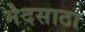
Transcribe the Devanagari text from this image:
मेदसाठा